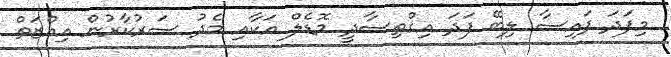
މިފަދަ ފައިސާ ލިބޭ ފަދަ އިޤްތިސާދީ މޮޑެލް އަކާއި މެދު ސަރުކާރުން އިއްޒަތް